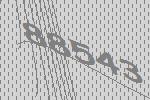
88543